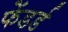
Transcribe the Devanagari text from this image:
फेंडर्ड